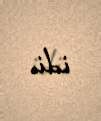
idi.